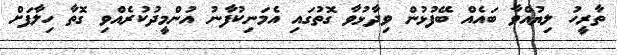
ތާރީހު ލިޔުއްވާ ބައެއް ބޭފުޅުން ވިދާޅުވާ ގޮތުގައި އެމަނިކުފާނު އުންމީދުކުރެއްވި ގޮތާ ހިލާފަށް